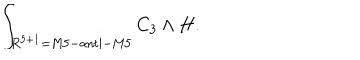
LaTeX: \int _ { R ^ { 5 + 1 } = \mathrm { M 5 - a n t i - M 5 } } C _ { 3 } \wedge H .